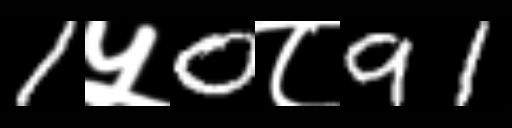
Text: 1५0८91